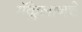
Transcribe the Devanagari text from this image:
मॅक्लेलानचे